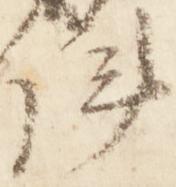
陣